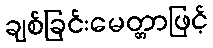
ချစ်ခြင်းမေတ္တာဖြင့်